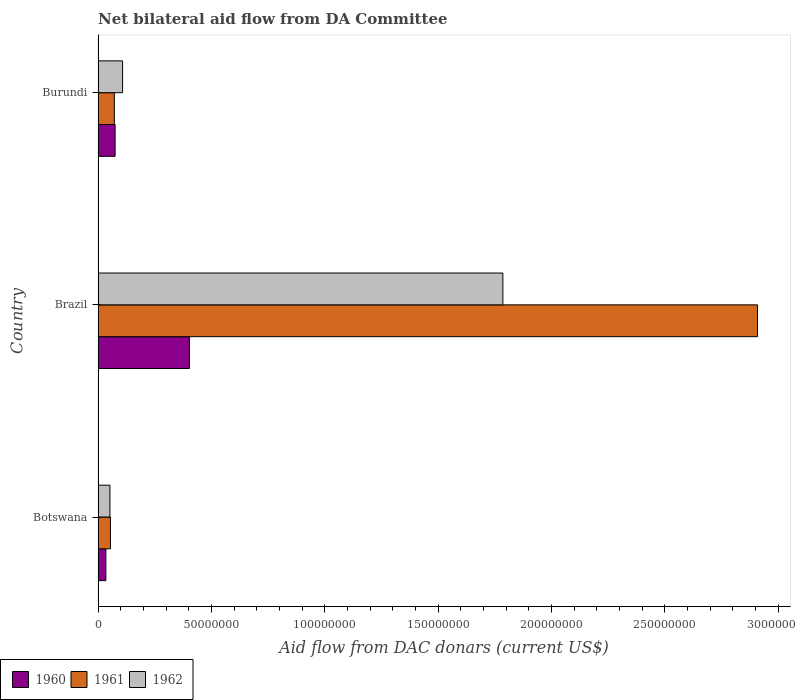
| Country | 1960 | 1961 | 1962 |
 | --- | --- | --- | --- |
 | Botswana | 3.43e+06 | 5.44e+06 | 5.23e+06 |
 | Brazil | 4.03e+07 | 2.91e+08 | 1.79e+08 |
 | Burundi | 7.51e+06 | 7.17e+06 | 1.08e+07 |